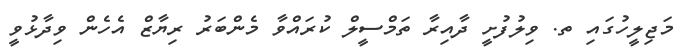
މަޖިލީހުގައި ތ. ވިލުފުށީ ދާއިރާ ތަމްސީލް ކުރައްވާ މެންބަރު ރިޔާޒް އެހެން ވިދާޅުވީ